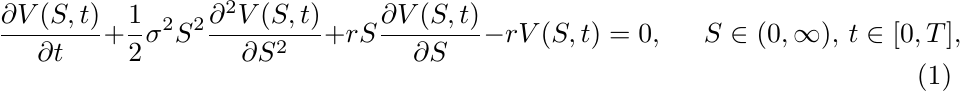
\begin{equation} \label{BSedet}
	\frac{\partial V(S,t)}{\partial t} + \frac{1}{2}\sigma^2 S^2\frac{\partial^2 V(S,t)}{\partial S^2} + rS\frac{\partial V(S,t)}{\partial S} - r V(S,t) = 0,  \hspace{0.5cm} S \in (0,\infty),\, t\in [0,T],
\end{equation}